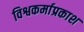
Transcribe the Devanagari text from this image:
विश्वकर्माप्रकाश